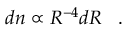
d n \propto R ^ { - 4 } d R \, \, \, \, \, . \, \, \, \, \,